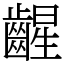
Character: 𫠛